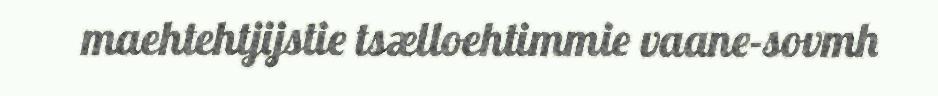
maehtehtjijstie tsælloehtimmie vaane-sovmh